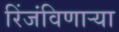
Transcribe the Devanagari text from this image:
रिंजंविणार्‍या